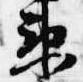
衛